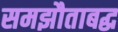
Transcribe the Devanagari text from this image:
समझौताबद्ध